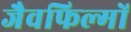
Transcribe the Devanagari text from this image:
जैवफिल्मों